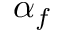
\alpha _ { f }